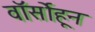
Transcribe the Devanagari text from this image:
वॉर्सोहून